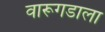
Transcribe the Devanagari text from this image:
वारूगडाला